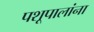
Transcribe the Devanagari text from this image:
पशूपालांना